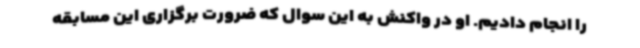
را انجام دادیم. او در واکنش به این سوال که ضرورت برگزاری این مسابقه